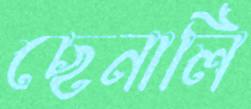
ছেনালি